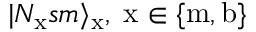
\vert N _ { \mathrm { x } } s m \rangle _ { \mathrm { x } } , \; \mathrm { x } \in \{ \mathrm { m } , \mathrm { b } \}